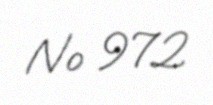
№ 972